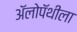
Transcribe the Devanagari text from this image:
अॅलोपॅथीला